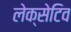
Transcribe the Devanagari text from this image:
लेक्सेटिव